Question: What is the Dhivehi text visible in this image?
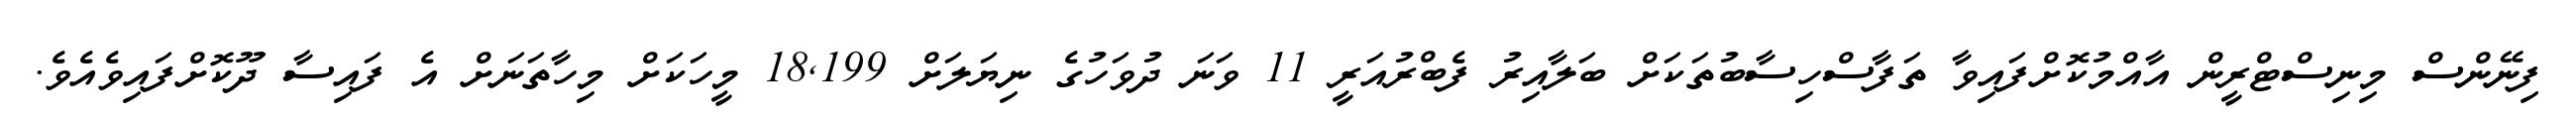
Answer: ފިނޭންސް މިނިސްޓްރީން އާއްމުކޮށްފައިވާ ތަފާސްހިސާބުތަކަށް ބަލާއިރު ފެބްރުއަރީ 11 ވަނަ ދުވަހުގެ ނިޔަލަށް 18,199 މީހަކަށް މިހާތަނަށް އެ ފައިސާ ދޫކޮށްފައިވެއެވެ.